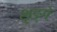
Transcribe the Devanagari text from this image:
शृङ्गे